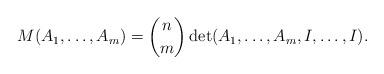
LaTeX: \begin{align*}M(A_1,\dots,A_m)=\binom{n }{m }\det(A_1,\dots,A_m, I,\dots, I).\end{align*}